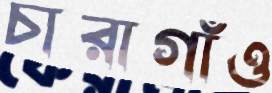
চারাগাঁও